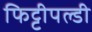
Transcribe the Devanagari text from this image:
फिट्टीपल्डी